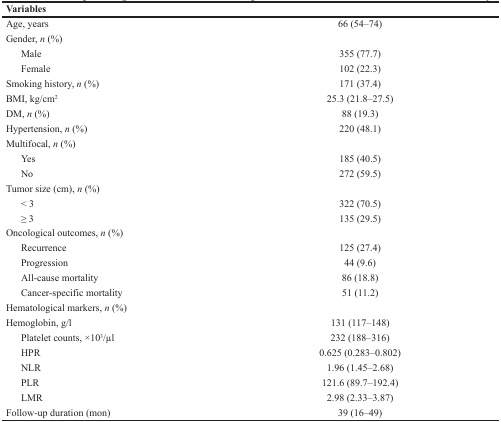
| Variables |  |
 | --- | --- |
 | Age, years | 66 (54–74) |
 | Gender, n (%) |  |
 | Male | 355 (77.7) |
 | Female | 102 (22.3) |
 | Smoking history, n (%) | 171 (37.4) |
 | BMI, kg/cm2 | 25.3 (21.8–27.5) |
 | DM, n (%) | 88 (19.3) |
 | Hypertension, n (%) | 220 (48.1) |
 | Multifocal, n (%) |  |
 | Yes | 185 (40.5) |
 | No | 272 (59.5) |
 | Tumor size (cm), n (%) |  |
 | < 3 | 322 (70.5) |
 | ≥ 3 | 135 (29.5) |
 | Oncological outcomes, n (%) |  |
 | Recurrence | 125 (27.4) |
 | Progression | 44 (9.6) |
 | All-cause mortality | 86 (18.8) |
 | Cancer-specific mortality | 51 (11.2) |
 | Hematological markers, n (%) |  |
 | Hemoglobin, g/l | 131 (117–148) |
 | Platelet counts, ×103/μl | 232 (188–316) |
 | HPR | 0.625 (0.283–0.802) |
 | NLR | 1.96 (1.45–2.68) |
 | PLR | 121.6 (89.7–192.4) |
 | LMR | 2.98 (2.33–3.87) |
 | Follow-up duration (mon) | 39 (16–49) |